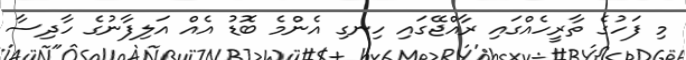
މި ފަހުގެ ތާރީހެއްގައި ރާއްޖޭގައި ހިނގި އެންމެ ބޮޑު އެއް އަލިފާނުގެ ހާދިސާ